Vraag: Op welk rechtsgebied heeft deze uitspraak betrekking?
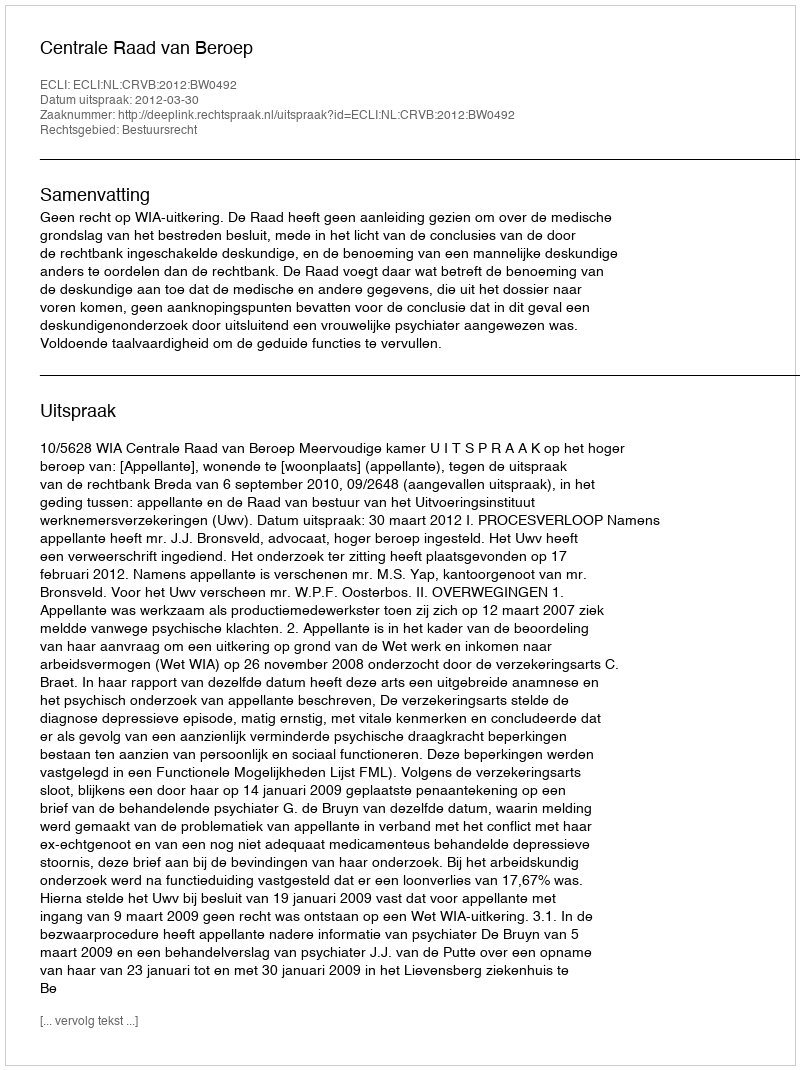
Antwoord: Bestuursrecht